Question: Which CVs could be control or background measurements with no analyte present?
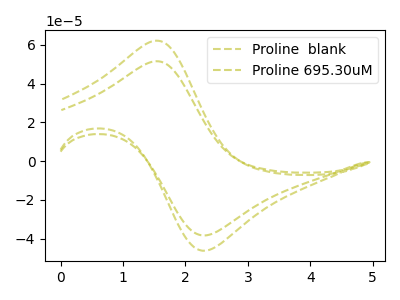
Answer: <think>The olive dashed curve "Proline  blank" has an anodic peak at (1.55V, 62.20uA) and a cathodic peak at (2.35V, -46.20uA). The olive dashed curve "Proline 695.30uM" has an anodic peak at (1.55V, 51.60uA) and a cathodic peak at (2.35V, -38.30uA).</think>
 <answer>There are not any CV's on this graph that are likely to be blanks.</answer>
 <eval>none</eval>